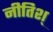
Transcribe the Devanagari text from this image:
नीतिश्